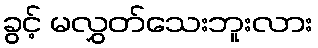
ခွင့် မလွှတ်သေးဘူးလား